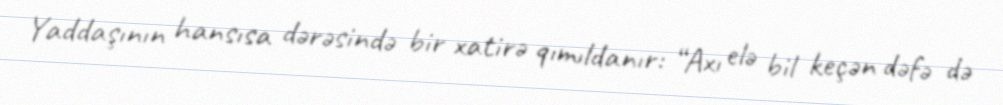
Yaddaşının hansısa dərəsində bir xatirə qımıldanır: “Axı elə bil keçən dəfə də